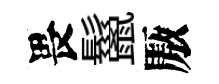
畏鬣厫